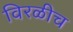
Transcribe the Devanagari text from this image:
विरळीच